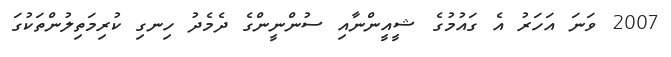
2007 ވަނަ އަހަރު އެ ގައުމުގެ ޝީއީންނާއި ސުންނީންގެ ދެމެދު ހިނގި ކުރިމަތިލުންތަކުގަ